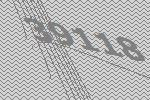
39118